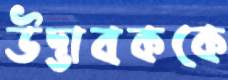
উদ্ভাবককে